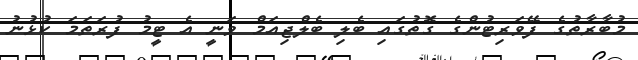
މުބާރާތުގެ ފޭވަރިޓުންގެ ގޮތުގައި ބެލި ބެލްޖިއަމް ވަނީ އެ ޓީމު ފުރަތަމަ ކުޅުނު